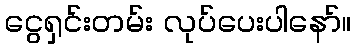
ငွေရှင်းတမ်း လုပ်ပေးပါနော်။